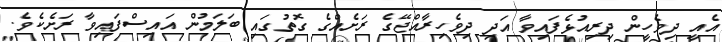
އެއީ ދިވެހީން ދިރިއުޅެފައިވާ އަދި ދިވެހިރާއްޖޭގެ ރަށެއްގެ ގޮތުގައި ބަލަމުން އައިސްފައިވާ ރަށެކެވެ.